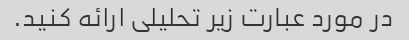
در مورد عبارت زیر تحلیلی ارائه کنید.